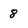
Character: 8